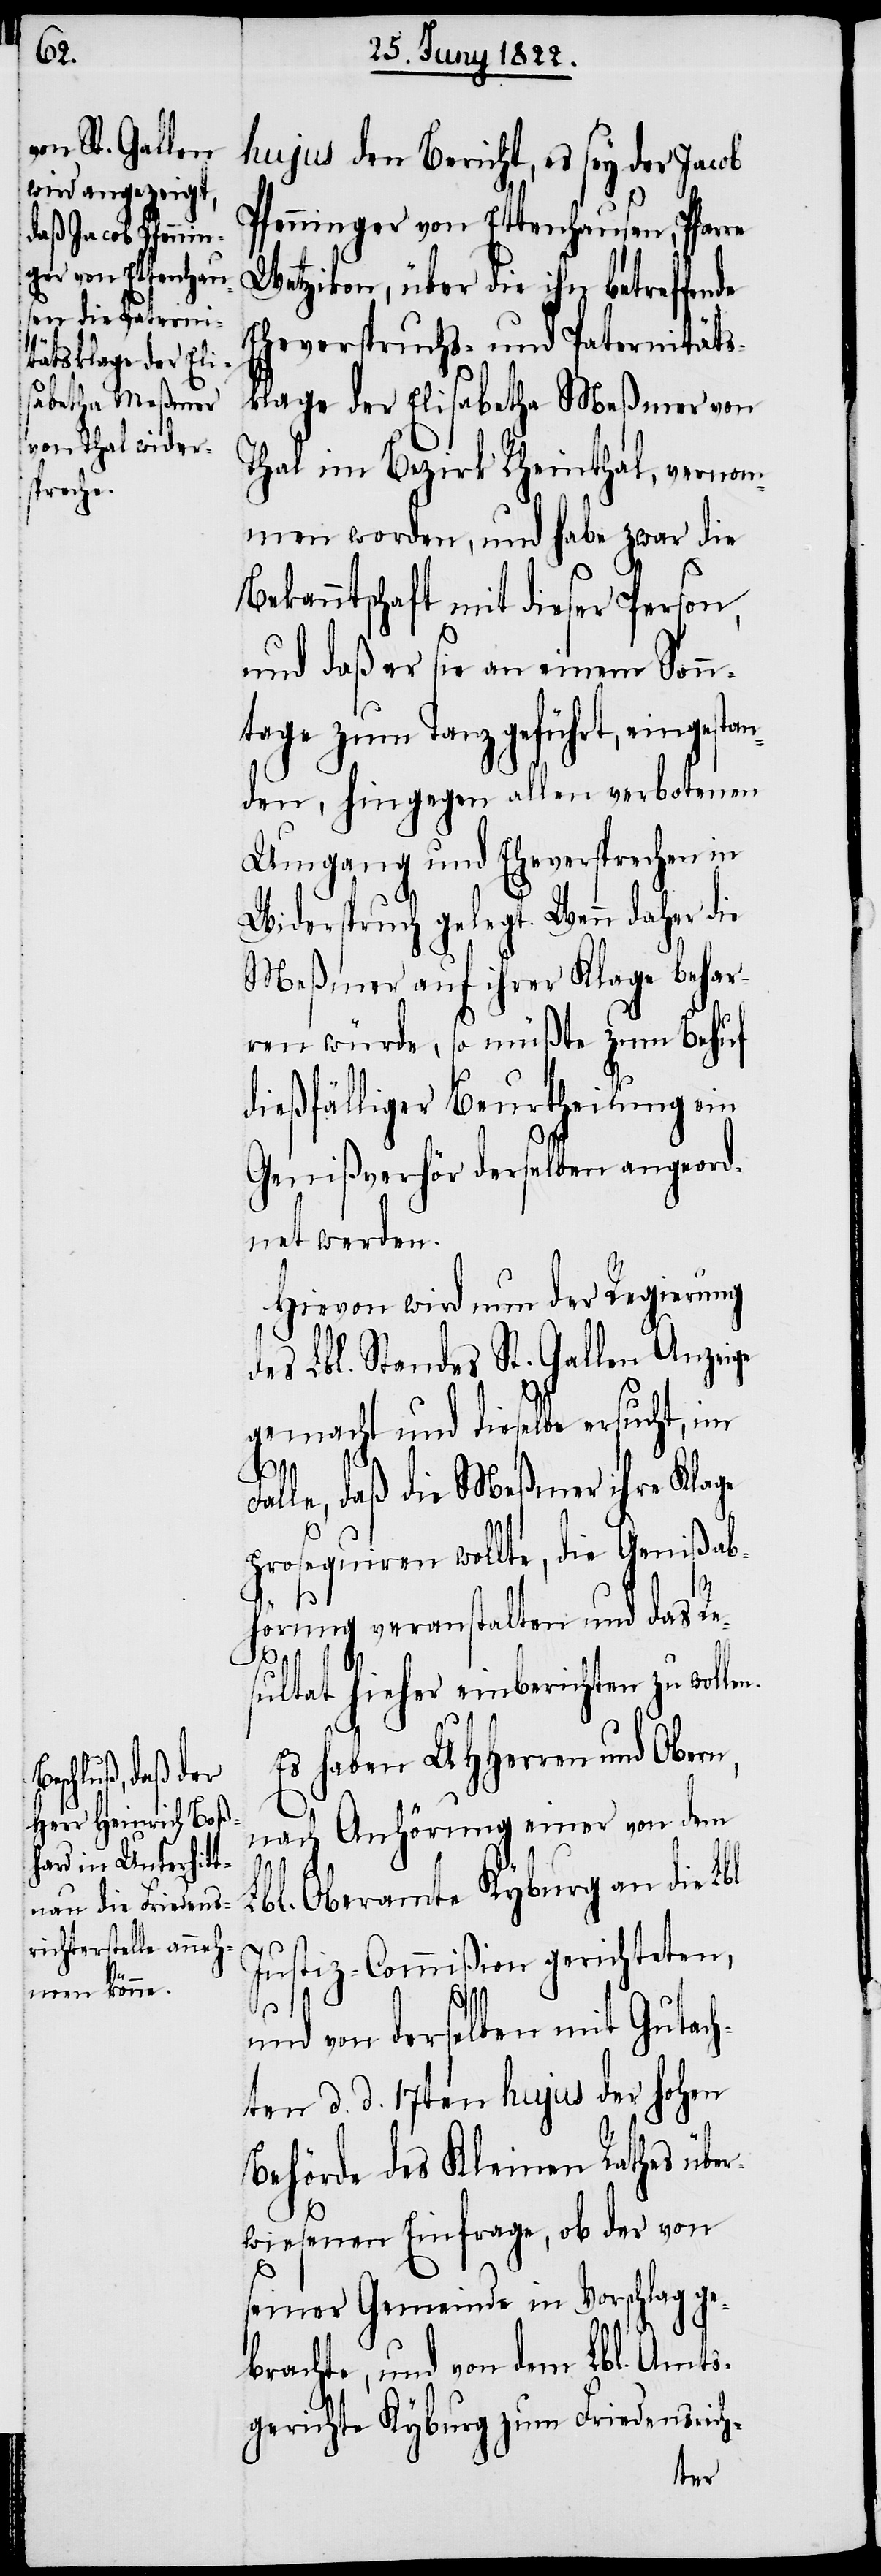
hujus den Bericht, es sey der Jacob
Pfenninger von Ettenhausen, Pfarre
Wetzikon, über die ihn betreffende
Eheverspruchs- und Paternitäts¬
klage der Elisabetha Meßmer von
Tahl im Bezirk Rheinthal, vernom¬
men worden, und habe zwar die
Bekanntschaft mit dieser Person,
und daß er sie an einem Sonn¬
tage zum Tanz geführt, eingestan¬
den, hingegen allen verbotenen
Umgang und Eheversprechen in
Widerspruch gelegt. Wenn daher die
Meßmer auf ihrer Klage behar¬
ren würde, so müßte zum Behuf
dießfälliger Beurtheilung ein
Genißverhör derselben angeord¬
net werden.
Hievon wird nun der Regierung
des Lbl. Standes St. Gallen Anzeige
gemacht und dieselbe ersucht, im
Fal¬
le, daß die Meßmer ihre Klage
prosequiren wollte, die Genißab¬
hörung veranstalten und das Re¬
sultat hieher einberichten zu wollen.
Es haben UHHerren und Obern,
nach Anhörung einer von dem
Lbl. Oberamte Kyburg an die Lbl.
Justiz-Commißion gerichteten,
und von derselben mit Gutach¬
ten d. d. 17ten hujus der Hohen
Behörde des Kleinen Rathes übe¬
rwiesenen Einfrage, ob der von
seiner Gemeinde in Vorschlag ge¬
brachte, und von dem Lbl. Amts¬
gerichte Kyburg zum Friedensrich-